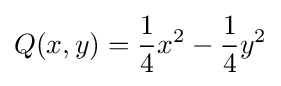
Q(x,y)={\frac {1}{4}}x^{2}-{\frac {1}{4}}y^{2}